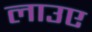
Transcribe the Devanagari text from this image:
लाउए